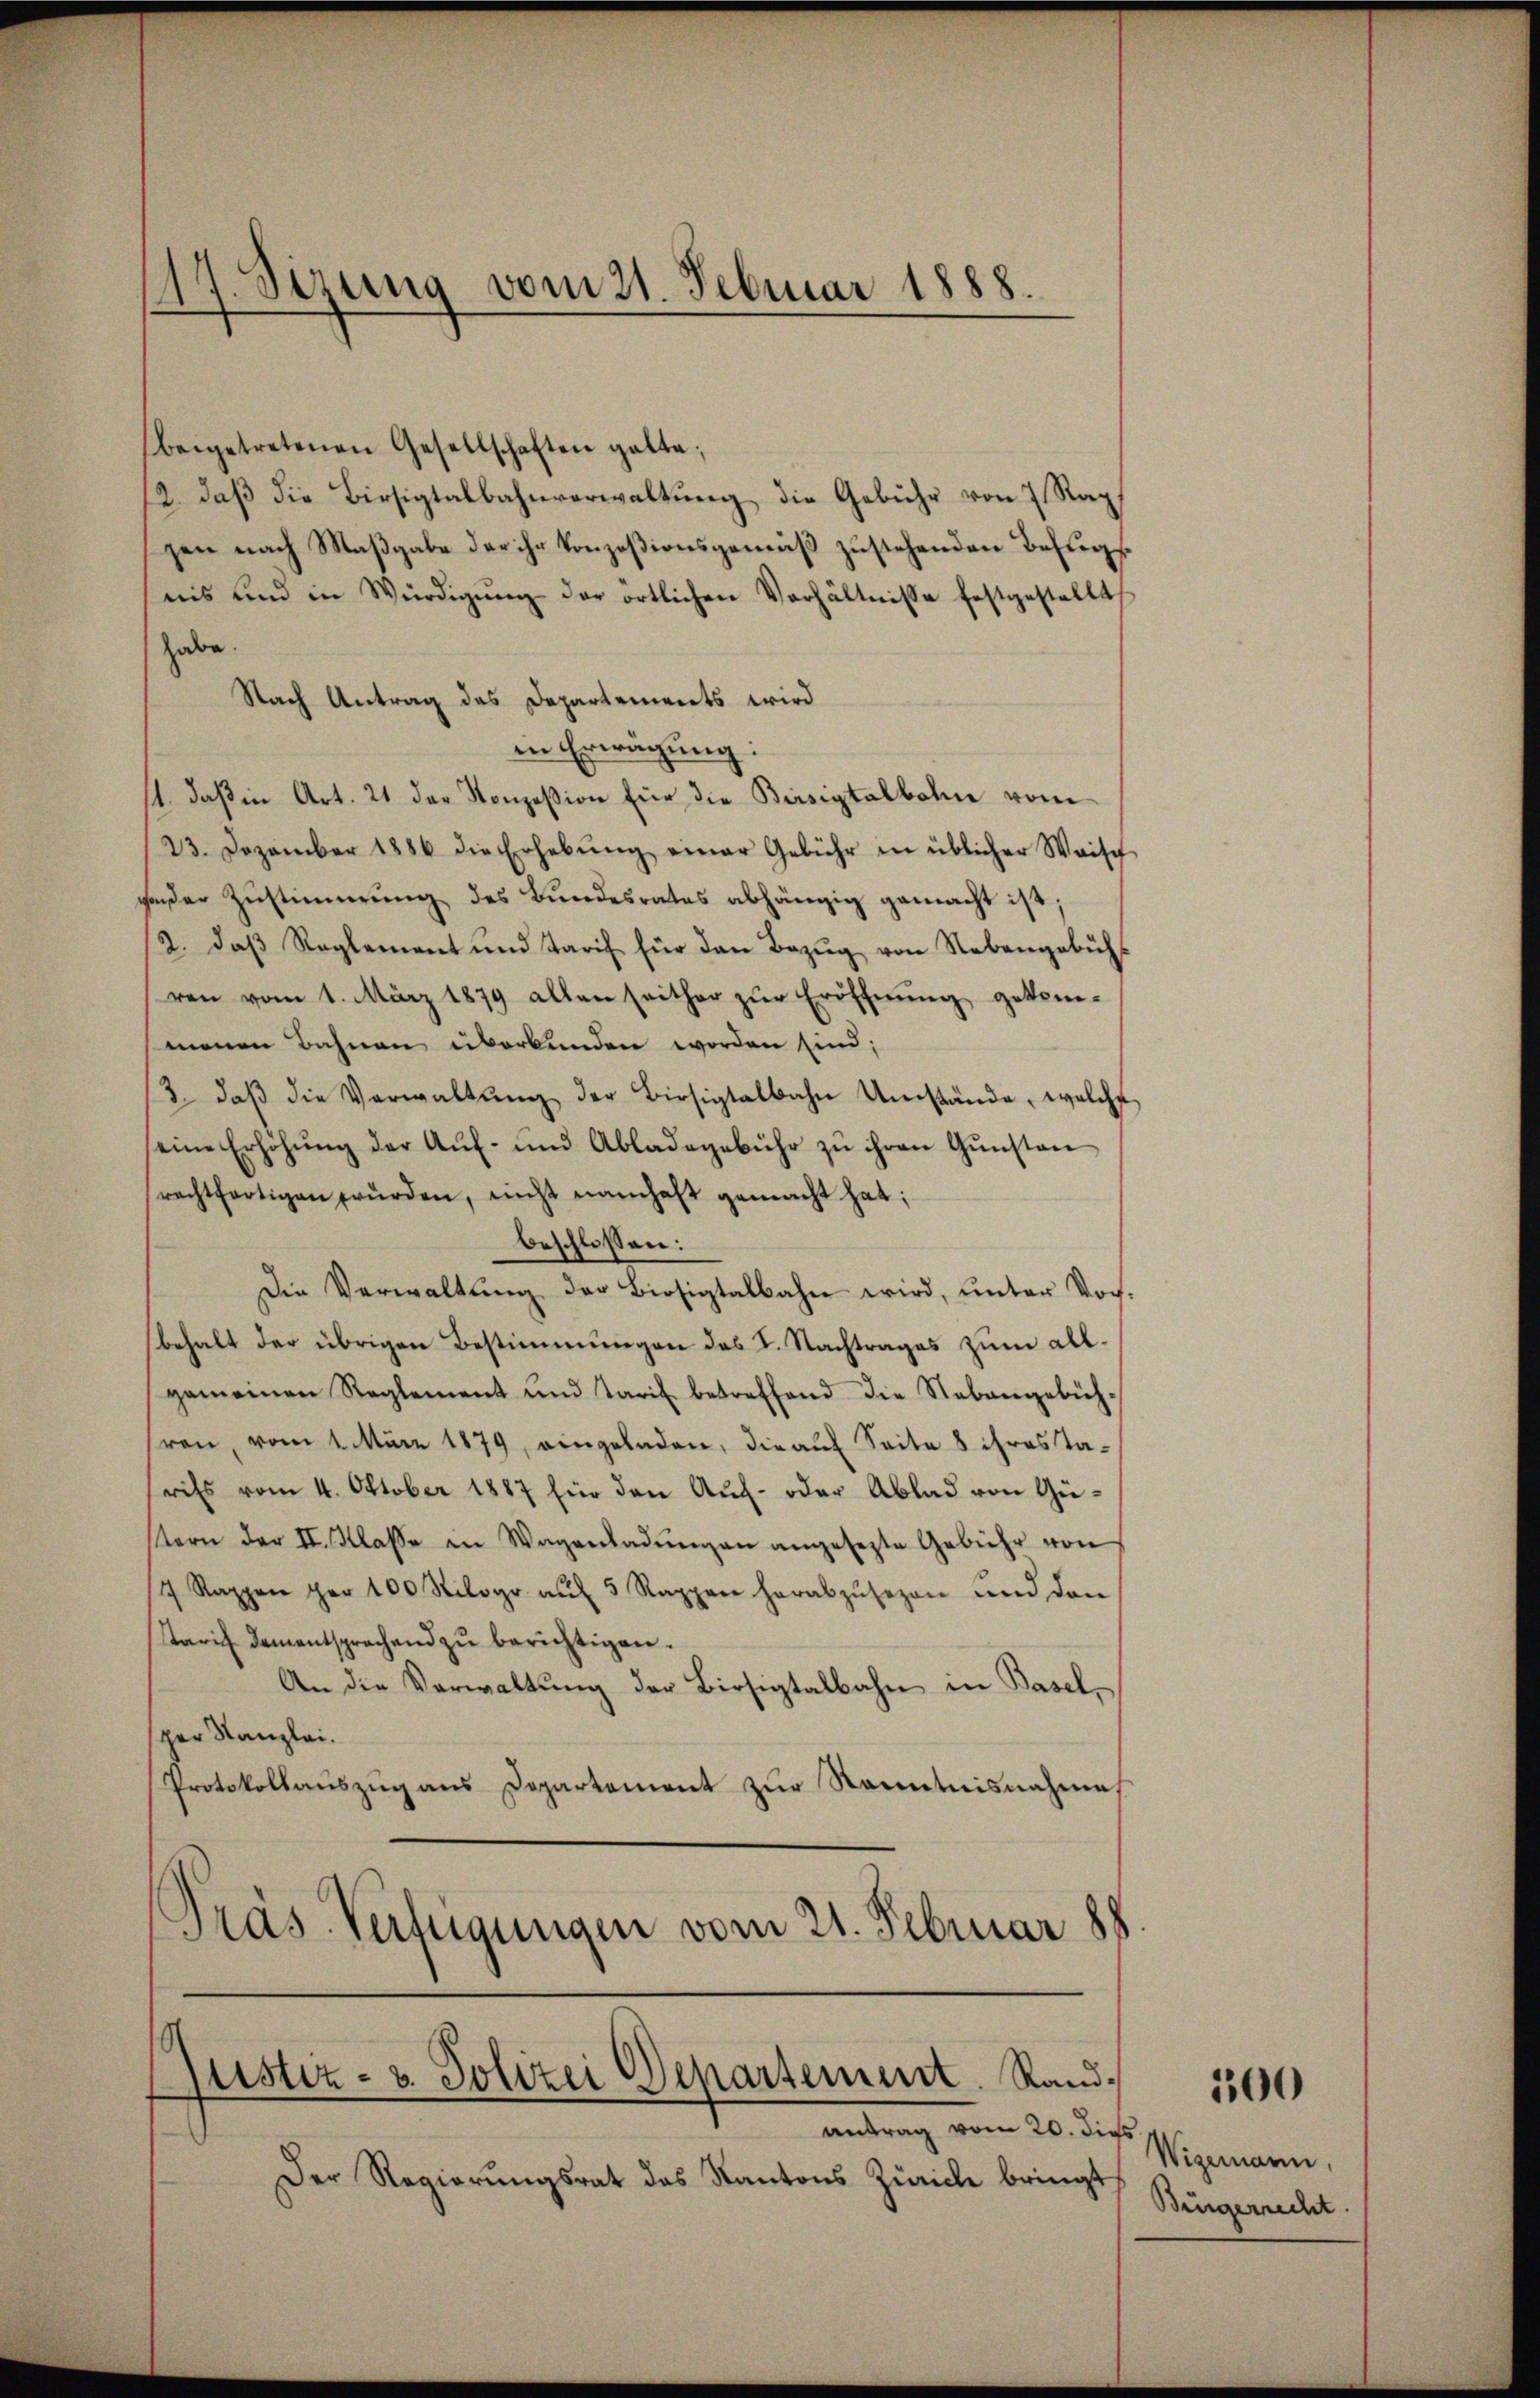
17. Sizung vom 21. Februar 1888.

beigetretenen Gesellschaften galte;
12. daß die Birsigtalbahnverwaltung die Gebühr von 7 Rap
gen nach Maßgabe der ihr Konzesionsgemäß zustehenden Befugsnis und in Würdigung der örtlichen Verhältnisse festgestellt
habe.
Nach Antrag des Departements wird
in Erwägung:
st, daß in Art. 21 der Konzesion für die Beisigtalbahne vom
23. Dezember 1886 die Erhebŭng einer Gebühr in üblicher Waisch
goder Zustimmung des Bundesrates abhängig gemacht ist;
2. daβ Reglement und Tarif für den Bezŭg von Nebengebühr
ren vom 1. März 1879 allen seither zŭr Eröffnŭng gekom-
menen Bahnen überkunden worden sind;
13. daβ die Verwaltŭng der Birsigtalbahn Umstände, welche
seine Erhöhung der Auf- und Abladegebühr zu ihren Gunsten
rechtfertigen würden, nicht namhaft gemacht hat;
beschlossen:
Die Verwaltung der Biosigtalbahn wird, unter Vorbehalt der übrigen Bestimmungen des I. Nachtrages zum allgemeinen Reglement und Tarif betreffend die Nebengebüh-
ren, vom 1. März 1879, eingeladen, die auf Seite 8 ihres Tarils vom 4. Oktober 1887 Ein den Auf- oder Ablad von Güstern der II. Klasse in Wagenladŭngen angesezte Gebühr von
/7 Rappen per 100 Kilogr aŭf 3 Rappen herabzŭsezen und den
Tarif Damentsprachend zŭ berichtigen.
An die Verwaltŭng der Birsigtalbahn in Basel,
per Kanzlei.
Protokollaŭszŭg ans Departement zŭr Kenntnisnahme
Präs. Verfügungen vom 21. Februar 188

Justiz- u. Polizei Departement. Rand¬

Antrag vom 20. dies
Der Regierungsrat des Kantons Zürich bringt

500

Wigemann,
Bürgerrecht.